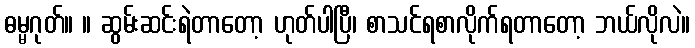
ဓမ္မဂုတ်။ ။ ဆွမ်းဆင်းရဲတာတော့ ဟုတ်ပါပြီ၊ စာသင်ရစာလိုက်ရတာတော့ ဘယ်လိုလဲ။